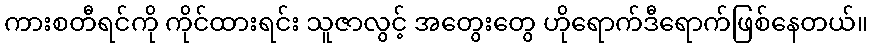
ကားစတီရင်ကို ကိုင်ထားရင်း သူဇာလွင့် အတွေးတွေ ဟိုရောက်ဒီရောက်ဖြစ်နေတယ်။